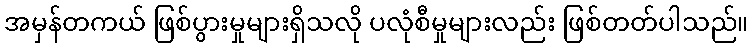
အမှန်တကယ် ဖြစ်ပွားမှုများရှိသလို ပလုံစီမှုများလည်း ဖြစ်တတ်ပါသည်။